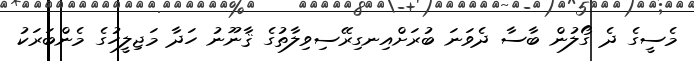
މެސީގެ ދެ ގޯލުން ބާސާ ދެވަނަ ބުރަށްއިނގިރޭސިވިލާތުގެ ޤާނޫނު ހަދާ މަޖިލީހުގެ މެންބަރަކު